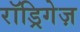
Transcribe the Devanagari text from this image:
रॉड्रिगेज़